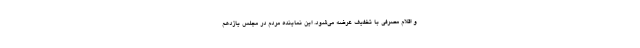
و اقلام مصرفی با تخفیف عرضه می‌شود. این نماینده مردم در مجلس یازدهم